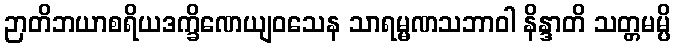
ဉာတိဘယာစရိယဒက္ခိဏေယျဝသေန သာရမ္မဏသဘာဝါ နိန္ဒာတိ သတ္တမမ္ပိ